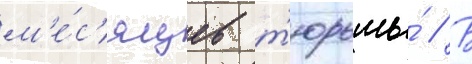
м'е́с'яцев т'юрьмы́ // В